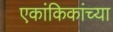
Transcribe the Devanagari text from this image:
एकांकिकांच्या